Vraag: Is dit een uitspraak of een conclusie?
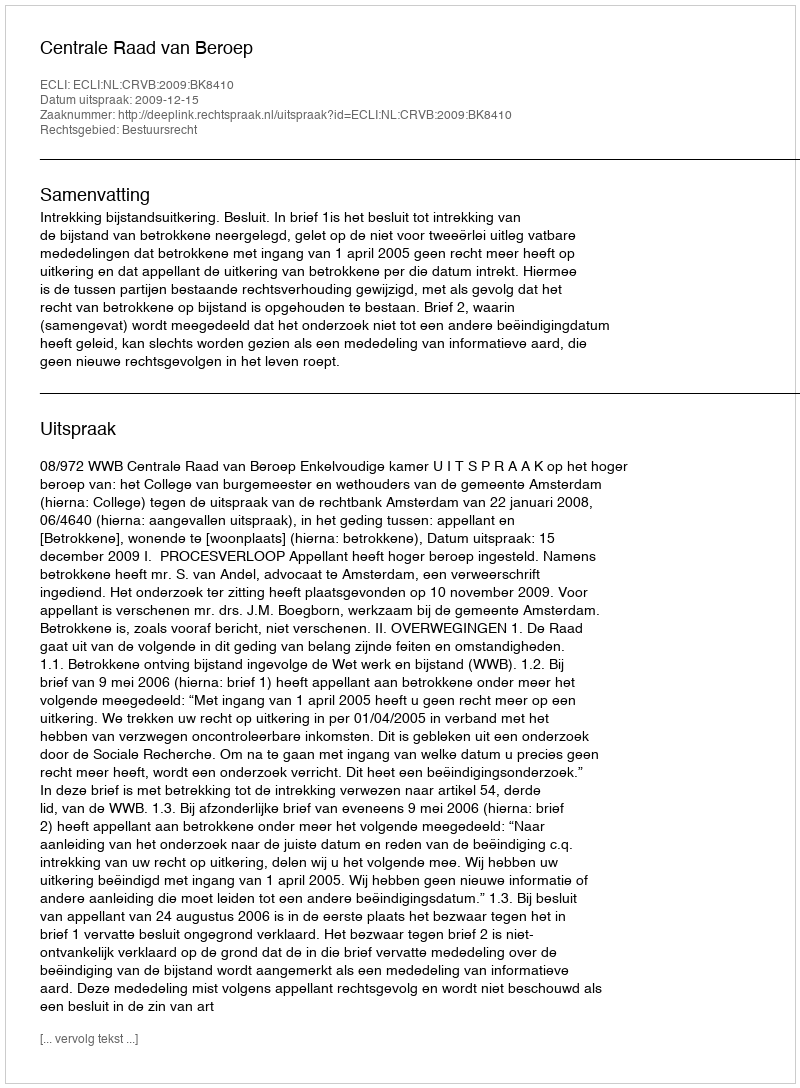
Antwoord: Uitspraak